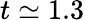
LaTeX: t\simeq 1.3